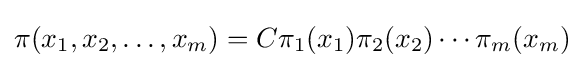
\pi (x_{1},x_{2},\ldots ,x_{m})=C\pi _{1}(x_{1})\pi _{2}(x_{2})\cdots \pi _{m}(x_{m})